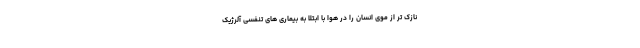
نازک تر از موی انسان را در هوا با ابتلا به بیماری های تنفسی آلرژیک